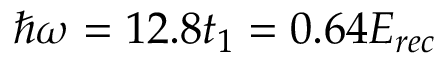
\hbar \omega = 1 2 . 8 t _ { 1 } = 0 . 6 4 E _ { r e c }